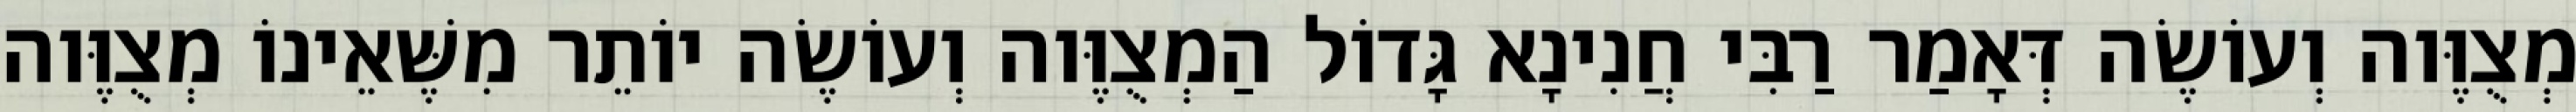
מְצֻוֶּוה וְעוֹשֶׂה דְּאָמַר רַבִּי חֲנִינָא גָּדוֹל הַמְצֻוֶּוה וְעוֹשֶׂה יוֹתֵר מִשֶּׁאֵינוֹ מְצֻוֶּוה